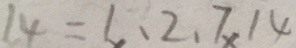
1 4 = 1 . 2 . 7 . 1 4